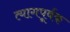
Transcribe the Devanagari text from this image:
त्यागपूर्वक